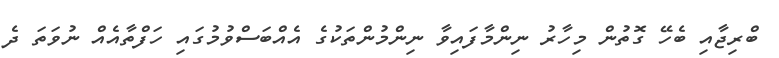
ބްރިޖާއި ބެހޭ ގޮތުން މިހާރު ނިންމާފައިވާ ނިންމުންތަކުގެ އެއްބަސްވުމުގައި ހަފްތާއެއް ނުވަތަ ދެ